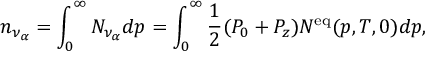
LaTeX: n _ { \nu _ { \alpha } } = \int _ { 0 } ^ { \infty } N _ { \nu _ { \alpha } } d p = \int _ { 0 } ^ { \infty } { \frac { 1 } { 2 } } ( P _ { 0 } + P _ { z } ) N ^ { \mathrm { e q } } ( p , T , 0 ) d p ,